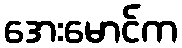
အေးမောင်က